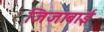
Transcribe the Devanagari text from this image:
जिजाबाईं